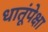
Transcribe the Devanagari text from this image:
धातूंपेक्षा